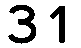
31